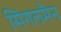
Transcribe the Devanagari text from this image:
सिंगलमैन